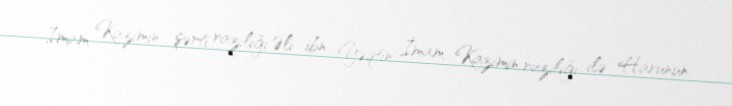
İmam Kazimin şərti razılığı Əli ibn Yəqtin İmam Kazimin razılığı ilə Harunun